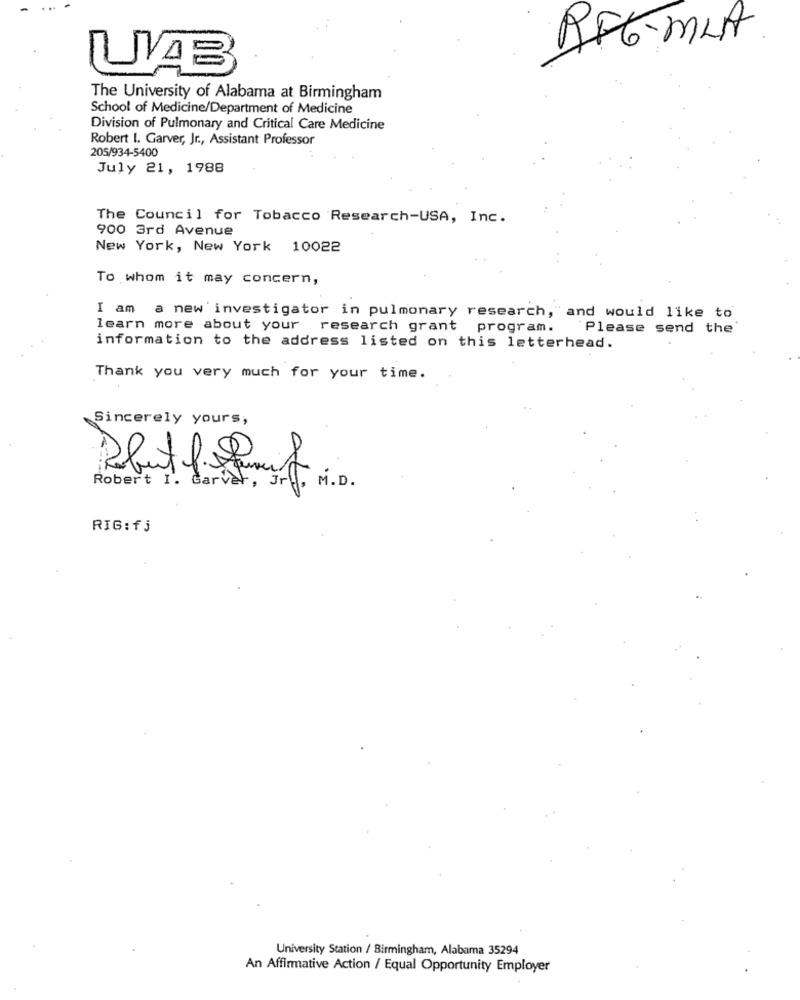
RF6-MLA
The University of Alabama at Birmingham
School of Medicine/Department of Medicine
Division of Pulmonary and Critical Care Medicine
Robert 1. Garver, Jr ., Assistant Professor
205/934-5400
July 21, 1988
The Council for Tobacco Research-USA, Inc.
900 3rd Avenue
New York, New York 10022
To whom it may concern,
I am a new'investigator in pulmonary research, and would like to
learn more about your research grant program. Please send the
information to the address listed on this letterhead.
Thank you very much for your time.
Sincerely yours,
at
Robert I. Garver , Jr .,
M.D.
RIG:fj
University Station / Birmingham, Alabama 35294
An Affirmative Action / Equal Opportunity Employer